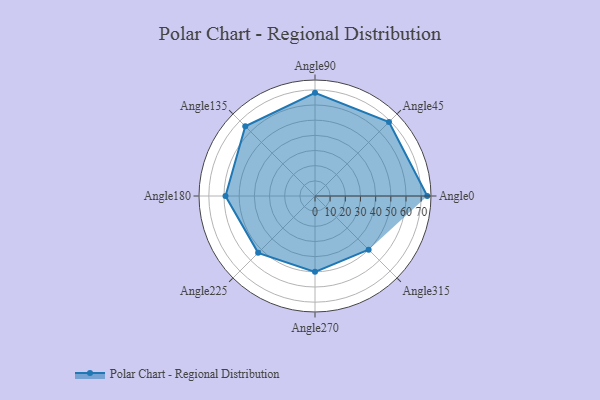
{"axis": {"x": "Angle", "y": "Radius"}, "legend": [""], "data": [{"x": "Angle0", "y": 74.0, "type": ""}, {"x": "Angle45", "y": 69.0, "type": ""}, {"x": "Angle90", "y": 68.0, "type": ""}, {"x": "Angle135", "y": 65.0, "type": ""}, {"x": "Angle180", "y": 59.0, "type": ""}, {"x": "Angle225", "y": 53.0, "type": ""}, {"x": "Angle270", "y": 50, "type": ""}, {"x": "Angle315", "y": 50, "type": ""}]}